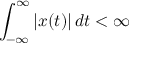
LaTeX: \int _ { - \infty } ^ { \infty } | x ( t ) | \, d t < \infty